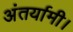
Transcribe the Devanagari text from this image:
अंतर्यामी।